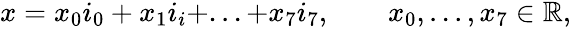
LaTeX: \begin{array}{r}{x=x_{0}i_{0}+x_{1}i_{i}+...+x_{7}i_{7},\qquad x_{0},...,x_{7}\in\mathbb{R},}\end{array}